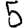
Digit: 5